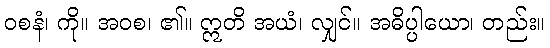
ဝစနံ၊ ကို။ အဝစ၊ ၏။ ဣတိ အယံ၊ လျှင်။ အဓိပ္ပါယော၊ တည်း။